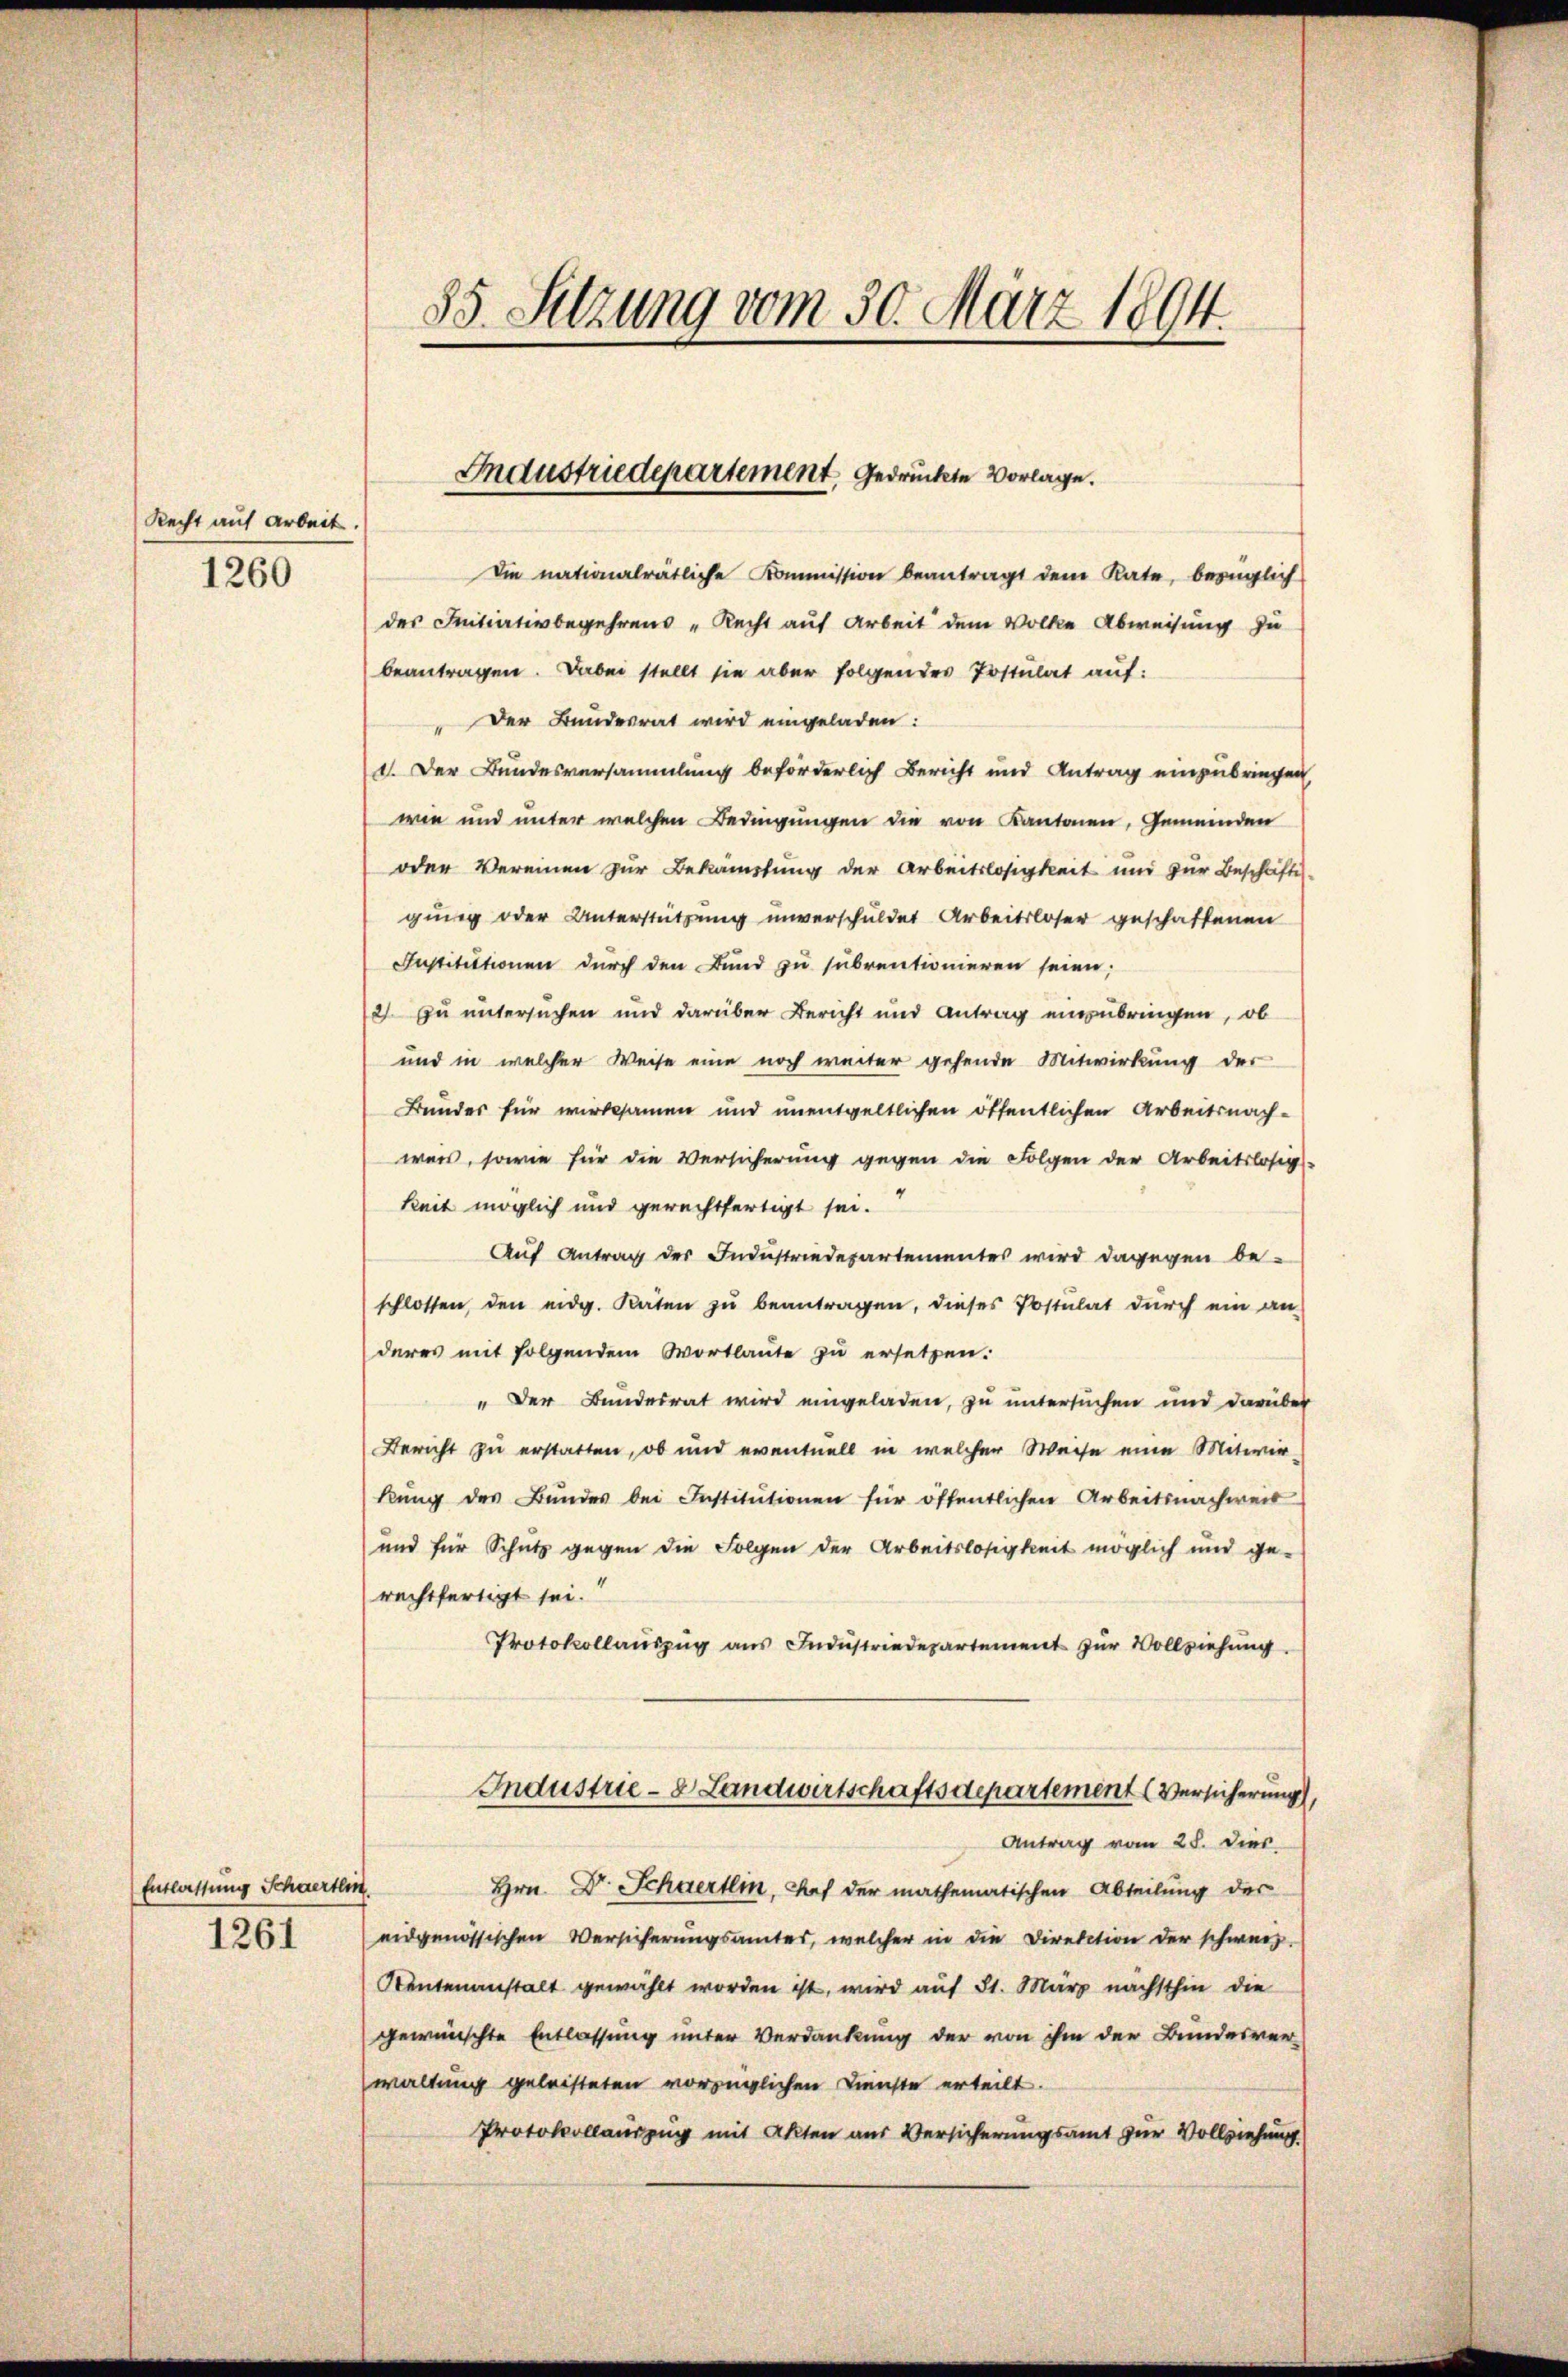
Recht auf Arbeit.
1260

Entlassung Schwertlin
1261

Die nationalrätliche Kommission beantragt dem Rate, bezüglich
des Initiativbegehrens „Recht auf Arbeit dem Volke Abweisung zu
beantragen. Dabei stellt sie aber folgendes Postulat auf:
" Der Bundesrat wird eingeladen:
1. Der Bundesversammlung beförderlich Bericht und Antrag einzubringen
wie und unter welchen Bedingungen die von Kantonen, Gemeinden
oder Vereinen zur Bekämmtlung der Arbeitslosigkeit und zur Beschäfte
gung oder Unterstützung unverschuldet Arbeitsloser geschaftenen
Institutionen durch den Bund zu subventionieren seien;
2 zu untersuchen und darüber Bericht und Antrag einzubringen, ob
und in welcher Weise eine noch weiter gehende Mitwirkung der
Bundes für wirksamen und unentgeltlichen öffentlichen Arbeitsnachwas, sowie für die Versicherung gegen die Folgen der Arbeitslosig-
keit möglich und gerechtfertigt sei.
Auf Antrag des Industriedesartementes wird dagegen beschlossen, den eidg. Raten zu beantragen, dieses Postulat durch ein an
deres mit folgendem Wortlaute zu ersetzen.
" Der Bundesrat wird eingeladen, zu untersuchen und darüber
Bericht zu erstatten, ob und eventuell in welcher Weise eine Mitwir-
kŭng des Bŭndes bei Institŭtionen für öffentlichen Arbeitsnachweis
und für Schutz gegen die Folgen der Arbeitslosigkeit möglich und ge-
rechtfertigt sei.
Protokollaŭszŭg aŭs Indŭstriedepartement zŭr Vollziehŭng.
Industrie- & Landwirtschaftsdepartement (Versicherung,
Antrag vom 28. Dies
Hrn. Dr. Schwertlin, Hof der mathematischen Abteilung der
eidgenössischen Versicherungsamtes, welcher in die Direktion der schweiz.
Rentenanstalt gewählt worden ist, wird auf 31. März nächsthin die
gewünschte Entlassung unter Verdankung der von ihm der Bundesver-
waltung geleisteten vorzüglichen Dienste erteilt.
Protokollauszug mit Akten aus Versicherungsamt zur Vollziehung

85. Sitzung vom 30. März 1894.

Industriedepartement gedrückte Vorlage.